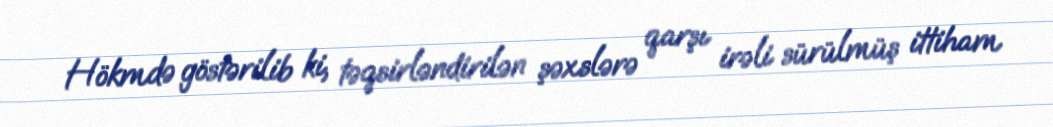
Hökmdə göstərilib ki, təqsirləndirilən şəxslərə qarşı irəli sürülmüş ittiham